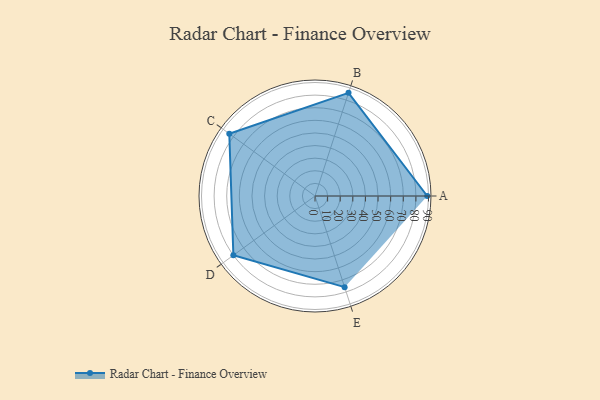
{"axis": {"x": "Skill", "y": "Score"}, "legend": ["Profile"], "data": [{"x": "A", "y": 89.0, "type": "Profile"}, {"x": "B", "y": 86.0, "type": "Profile"}, {"x": "C", "y": 84.0, "type": "Profile"}, {"x": "D", "y": 80.0, "type": "Profile"}, {"x": "E", "y": 76.0, "type": "Profile"}]}